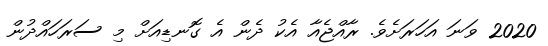
2020 ވަނަ އަހަރަށެވެ. ރާއްޖެއާ އެކު ދެން އެ ގޮނޑިއަށް މި ސަރަހައްދުން